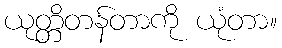
ယုတ္တိတန်တာကို ယုံတာ။